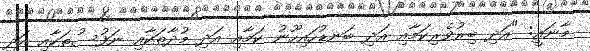
މާނައީ: "އަދި ބިރުވެރިކަމާއި އަދި ބަނޑުހައިހޫނު ކަމާއި އަދި މުދާތަކާއި ނަފުސުތަކާއި އަދި